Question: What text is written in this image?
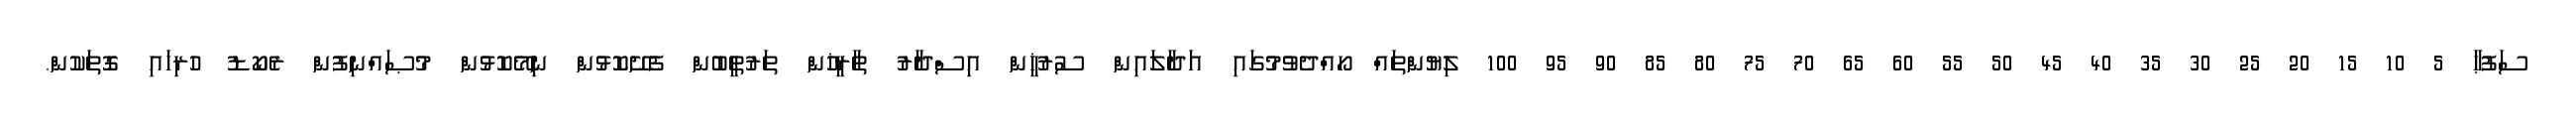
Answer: ސަފުޙާ 5 10 15 20 25 30 35 40 45 50 55 60 65 70 75 80 85 90 95 100 ލިޔުންތައް ހޯއްދެވުމުގައި އަދާލައިން ސުރުޚީން އިސްދާރު ތާރީޚުން ތަރުތީބުން ފެށޭކޮޅުން ނިމޭކޮޅުން މުޞައްނިފުން ރެކޯޑު ހުރިހައި ގޮތަކުން.